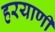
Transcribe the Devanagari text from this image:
हरयाणी